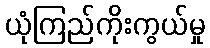
ယုံကြည်ကိုးကွယ်မှု